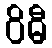
ဝိဓီ